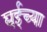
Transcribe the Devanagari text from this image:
घईच्या